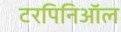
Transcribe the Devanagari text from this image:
टरपिनिऑल